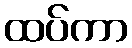
ထပ်ကာ